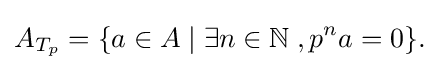
A_{T_{p}}=\{a\in A\;|\;\exists n\in \mathbb {N} \;,p^{n}a=0\}.\;